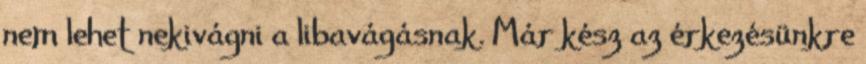
nem lehet nekivágni a libavágásnak. Már kész az érkezésünkre